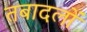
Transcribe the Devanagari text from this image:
तबादलों